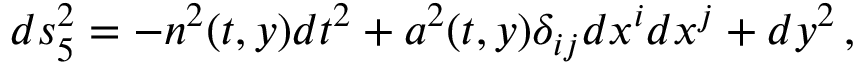
d s _ { 5 } ^ { 2 } = - n ^ { 2 } ( t , y ) d t ^ { 2 } + a ^ { 2 } ( t , y ) \delta _ { i j } d x ^ { i } d x ^ { j } + d y ^ { 2 } \, ,